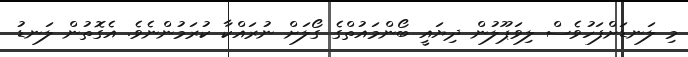
މި ލަނޑަށްފަހުވެސް ލިވަޕޫލުން ދިޔައީ ބޯންމައުތްގެ ގޯލަށް ނުރައްކާ ކުރަމުންނެވެ. އެގޮތުން ލަނޑު